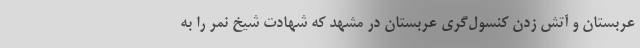
عربستان و آتش زدن کنسول‌گری عربستان در مشهد که شهادت شیخ نمر را به